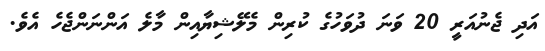
އަދި ޖެނުއަރީ 20 ވަނަ ދުވަހުގެ ކުރިން މެލޭޝިޔާއިން މާލެ އަންނަންޖެހެ އެވެ.